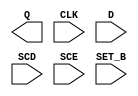
/**
 * Copyright 2020 The SkyWater PDK Authors
 *
 * Licensed under the Apache License, Version 2.0 (the "License");
 * you may not use this file except in compliance with the License.
 * You may obtain a copy of the License at
 *
 *     https://www.apache.org/licenses/LICENSE-2.0
 *
 * Unless required by applicable law or agreed to in writing, software
 * distributed under the License is distributed on an "AS IS" BASIS,
 * WITHOUT WARRANTIES OR CONDITIONS OF ANY KIND, either express or implied.
 * See the License for the specific language governing permissions and
 * limitations under the License.
 *
 * SPDX-License-Identifier: Apache-2.0
 */

`ifndef SKY130_FD_SC_HD__SDFSTP_BLACKBOX_V
`define SKY130_FD_SC_HD__SDFSTP_BLACKBOX_V

/**
 * sdfstp: Scan delay flop, inverted set, non-inverted clock,
 *         single output.
 *
 * Verilog stub definition (black box without power pins).
 *
 * WARNING: This file is autogenerated, do not modify directly!
 */

`timescale 1ns / 1ps
`default_nettype none

(* blackbox *)
module sky130_fd_sc_hd__sdfstp (
    Q    ,
    CLK  ,
    D    ,
    SCD  ,
    SCE  ,
    SET_B
);

    output Q    ;
    input  CLK  ;
    input  D    ;
    input  SCD  ;
    input  SCE  ;
    input  SET_B;

    // Voltage supply signals
    supply1 VPWR;
    supply0 VGND;
    supply1 VPB ;
    supply0 VNB ;

endmodule

`default_nettype wire
`endif  // SKY130_FD_SC_HD__SDFSTP_BLACKBOX_V